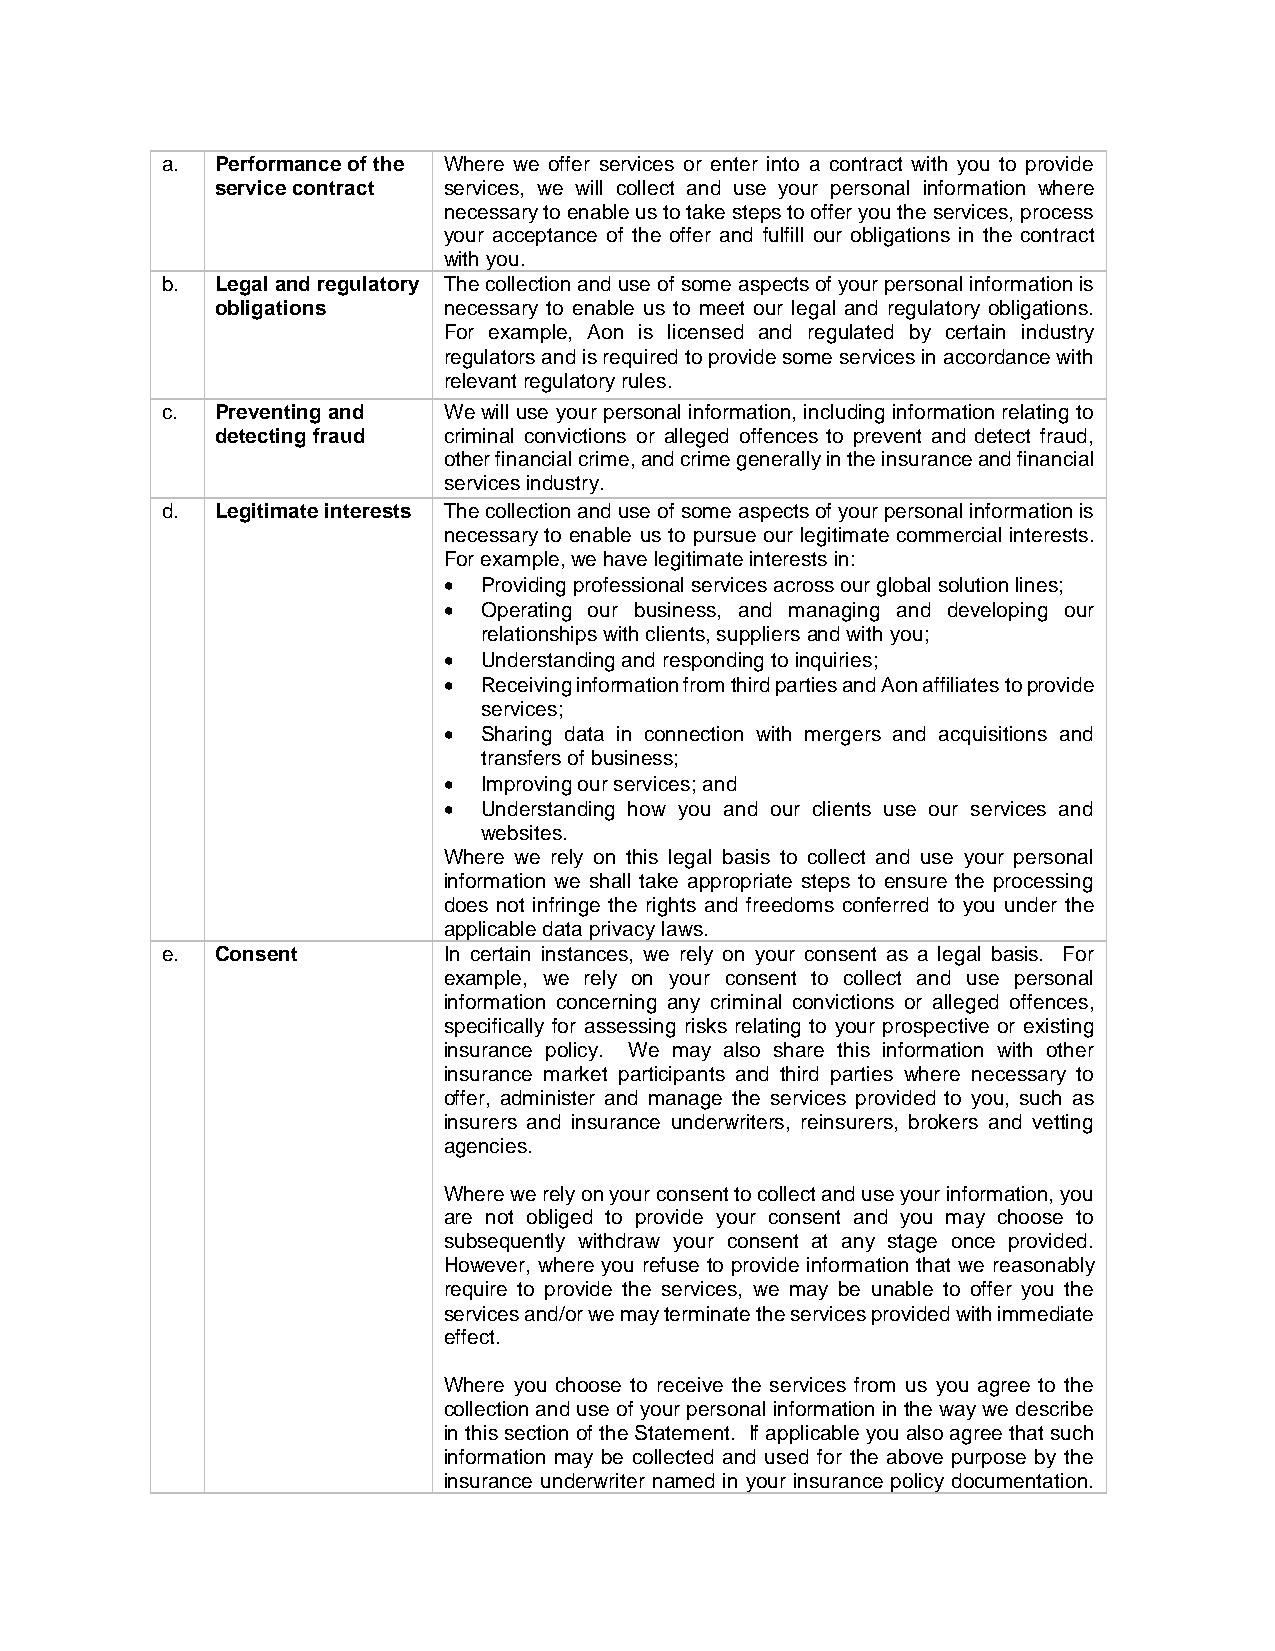
a. Performance of the Where we offer services or enter into a contract with you to provide
 service contract services, we will collect and use your personal information where
 necessary to enable us to take steps to offer you the services, process
 your acceptance of the offer and fulfill our obligations in the contract
 with you.
 b. Legal and regulatory The collection and use of some aspects of your personal information is
 obligations    necessary to enable us to meet our legal and regulatory obligations.
 For example, Aon is licensed and regulated by certain industry
 regulators and is required to provide some services in accordance with
 relevant regulatory rules.
 c. Preventing and We will use your personal information, including information relating to
 detecting fraud criminal convictions or alleged offences to prevent and detect fraud,
 other financial crime, and crime generally in the insurance and financial
 services industry.
 d. Legitimate interests The collection and use of some aspects of your personal information is
 necessary to enable us to pursue our legitimate commercial interests.
 For example, we have legitimate interests in:
 •  Providing professional services across our global solution lines;
 •  Operating our business, and managing and developing our
 relationships with clients, suppliers and with you;
 •  Understanding and responding to inquiries;
 •  Receiving information from third parties and Aon affiliates to provide
 services;
 •  Sharing data in connection with mergers and acquisitions and
 transfers of business;
 •  Improving our services; and
 •  Understanding how you and our clients use our services and
 websites.
 Where we rely on this legal basis to collect and use your personal
 information we shall take appropriate steps to ensure the processing
 does not infringe the rights and freedoms conferred to you under the
 applicable data privacy laws.
 e. Consent        In certain instances, we rely on your consent as a legal basis. For
 example, we rely on your consent to collect and use personal
 information concerning any criminal convictions or alleged offences,
 specifically for assessing risks relating to your prospective or existing
 insurance policy. We may also share this information with other
 insurance market participants and third parties where necessary to
 offer, administer and manage the services provided to you, such as
 insurers and insurance underwriters, reinsurers, brokers and vetting
 agencies.
 Where we rely on your consent to collect and use your information, you
 are not obliged to provide your consent and you may choose to
 subsequently withdraw your consent at any stage once provided.
 However, where you refuse to provide information that we reasonably
 require to provide the services, we may be unable to offer you the
 services and/or we may terminate the services provided with immediate
 effect.
 Where you choose to receive the services from us you agree to the
 collection and use of your personal information in the way we describe
 in this section of the Statement. If applicable you also agree that such
 information may be collected and used for the above purpose by the
 insurance underwriter named in your insurance policy documentation.